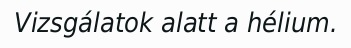
Vizsgálatok alatt a hélium.